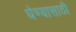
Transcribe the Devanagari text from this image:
घेण्‍यासाठी